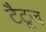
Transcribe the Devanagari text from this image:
टैटूज